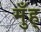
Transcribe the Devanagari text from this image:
मुँह्